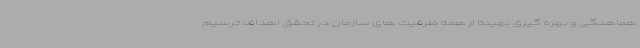
هماهنگی و بهره گیری بهینه از همه ظرفیت های سازمان در تحقق اهداف ترسیم